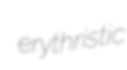
erythristic